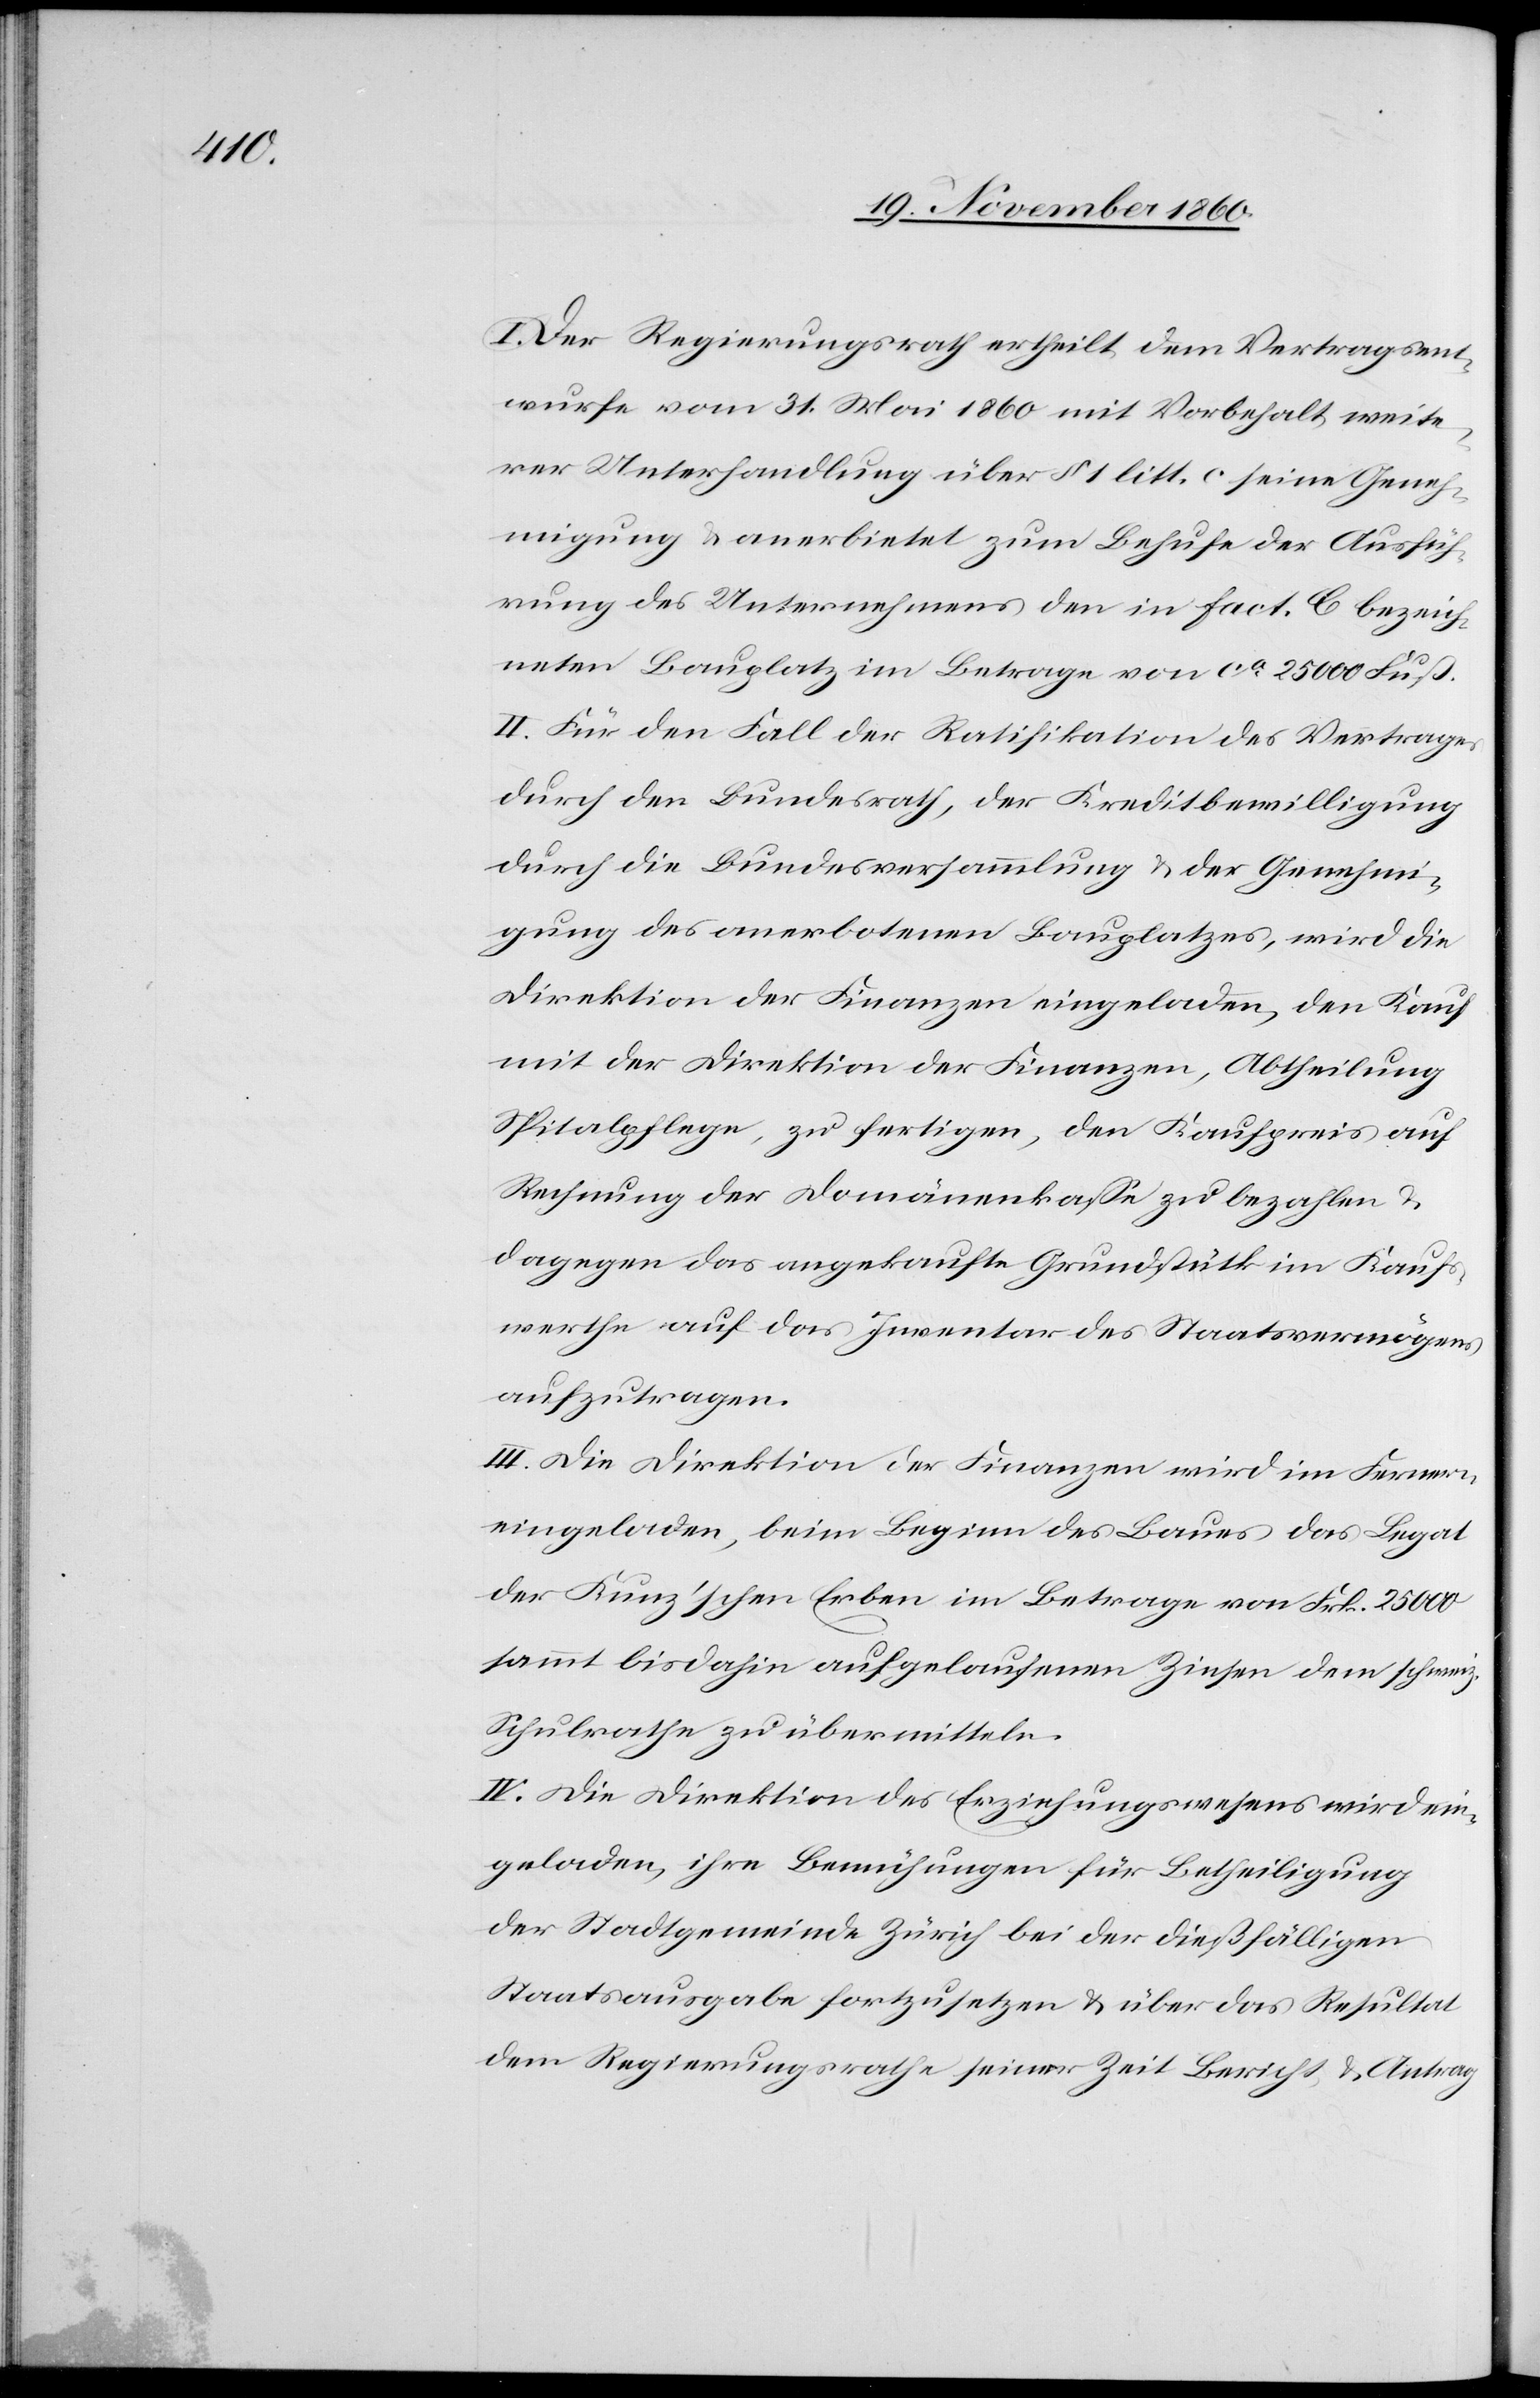
I. Der Regierungsrath ertheilt dem Vertragsent¬
wurfe vom 31. Mai 1860 mit Vorbehalt weite¬
rer Unterhandlung über § 1 litt. c seine Geneh¬
migung u. anerbietet zum Behufe der Ausfüh¬
rung des Unternehmens den in Fact. C bezeich¬
neten Bauplatz im Betrag von ca 25 000 Fuß.
II. Für den Fall der Ratifikation des Vertrages
durch den Bundesrath, der Kreditbewilligung
durch die Bundesversammlung u. der Genehmi¬
gung des anerbotenen Bauplatzes, wird die
Direktion der Finanzen eingeladen, den Kauf
mit der Direktion der Finanzen, Abtheilung
Spitalpflege, zu fertigen, den Kaufpreis auf
Rechnung der Domänenkasse zu bezahlen u.
dagegen das angekaufte Grundstück im Kaufs¬
werthe auf das Inventar des Staatsvermögens
aufzutragen.
III. Die Direktion der Finanzen wird im Fernern
eingeladen, beim Beginn des Baues das Legat
der Kunz’schen Erben im Betrag von Frk. 25 000
sammt bisdahin aufgelaufenen Zinsen dem schweiz.
Schulrathe zu übermitteln.
IV. Die Direktion des Erziehungswesens wird ein¬
geladen, ihre Bemühungen für Betheiligung
der Stadtgemeinde Zürich bei der dießfälligen
Staatsaugabe fortzusetzen u. über das Resultat
dem Regierungsrathe seiner Zeit Bericht u. Antrag